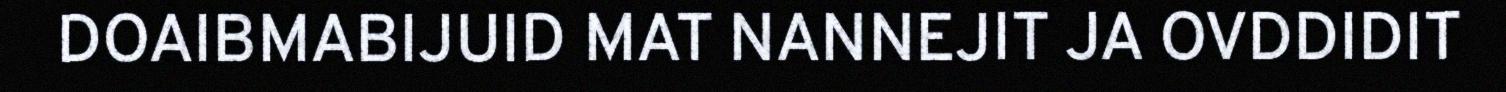
DOAIBMABIJUID MAT NANNEJIT JA OVDDIDIT